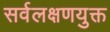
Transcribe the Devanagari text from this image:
सर्वलक्षणयुक्त